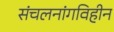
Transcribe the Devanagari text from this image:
संचलनांगविहीन